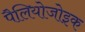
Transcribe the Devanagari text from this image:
पैलियोजोइक